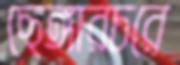
ছেঙ্গারচরে